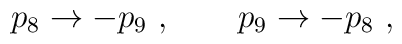
p_8 \to -p_9 \ , \qquad p_9 \to -p_8 \ ,